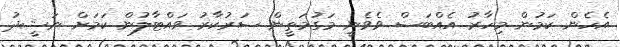
އެހެން ކަމުން މިހާރު އެއްބަސް ވެވެނީ މަގުމަތީން ސަރުކާރު ވައްޓާލުން ކަމަށް ނަޝީދު